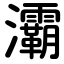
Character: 灞